Indian journal of veterinary science and animal husbandry - Volumes 28-29, 1958-1959
Year: 1958
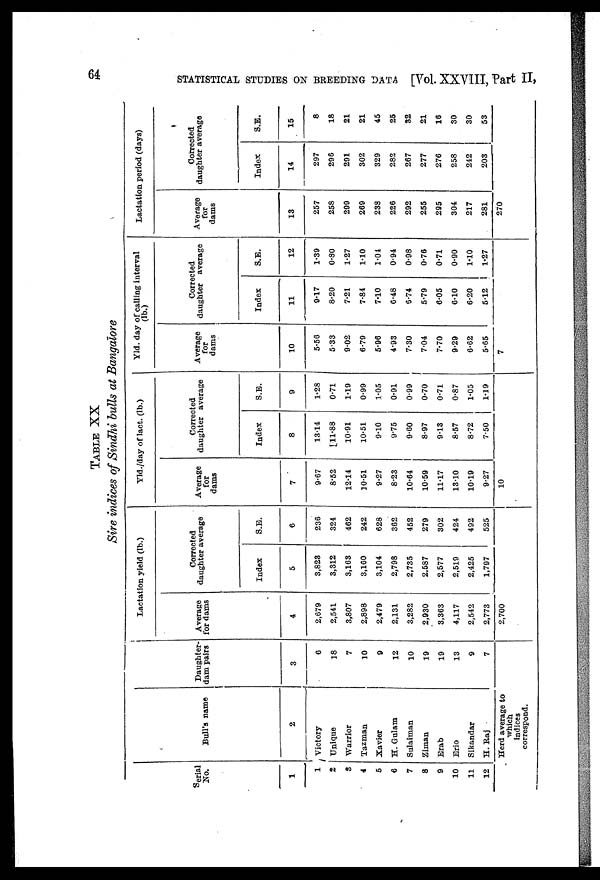
64
STATISTICAL STUDIES ON BREEDING DATA [Vol. XXVIII, Part II,
TABLE XX
Sire indices of Sindhi bulls at Bangalore
Serial
No.
1
1
2
3
4
5
6
7
8
9
10
11
12
Bull's name
2
Victory
Unique
Warrior
Tazman
Xavier
H. Gulam
Sulaiman
Ziman
Erab
Erio
Sikandar
H. Raj
Daughter-
dam pairs
3
6
18
7
10
9
12
10
19
19
13
9
7
Herd average to
which
indices
correspond.
Lactation yield (lb.)
Average
for dams
4
2,679
2,541
3,807
2,898
2,479
2,131
3,282
2,930
3,363
4,117
2,542
2,773
Corrected
daughter average
Index
5
3,823
3,312
3,163
3,160
3,104
2,798
2,735
2,587
2,577
2,519
2,425
1,797
S.E.
6
236
324
462
242
628
362
452
279
302
424
492
525
2,700
Yld./day of lact. (lb.)
Average
for
dams
7
9.67
8.52
12.14
10.51
9.27
8.23
10.64
10.59
11.17
13.10
10.19
9.27
Corrected
daughter average
Index
8
13.14
11.88
10.91
10.51
9.10
9.75
9.60
8.97
9.13
8.57
8.72
7.50
S.E.
9
1.28
0.71
1.19
0.99
1.05
0.91
0.99
0.70
0.71
0.87
1.05
1.19
10
Yld. day of calling interval
(lb.)
Average
for
dams
10
5.56
5.33
9.02
6.79
5.96
4.93
7.30
7.04
7.70
9.29
6.62
5.65
Corrected
daughter average
Index
11
9.17
8.20
7.21
7.84
7.10
6.48
6.74
5.79
6.05
6.10
6.20
5.12
S.E.
12
1.39
0.30
1.27
1.10
1.04
0.94
0.98
0.76
0.71
0.90
1.10
1.27
7
Lactation period (days)
Average
for
dams
13
257
258
299
269
238
226
292
255
295
304
217
281
Corrected
daughter average
Index
14
297
296
291
302
329
282
267
277
276
258
242
203
S.E.
15
8
18
21
21
45
25
32
21
16
30
30
53
270